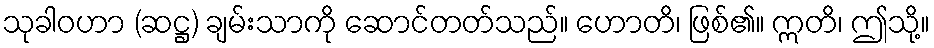
သုခါဝဟာ (ဆဋ္ဌ) ချမ်းသာကို ဆောင်တတ်သည်။ ဟောတိ၊ ဖြစ်၏။ ဣတိ၊ ဤသို့။